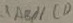
\therefore A B / / C D